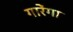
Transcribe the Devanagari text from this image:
गारेंगा